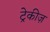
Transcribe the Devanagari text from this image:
ट्रेकीज़